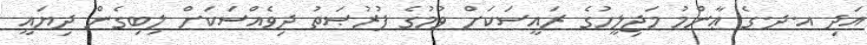
އަދި އ.ދ.ގެ ޢާންމު މަޖިލީހުގެ ރައީސަކަށް ވުމުގެ ފުރުޞަތު ދިވެއްސަކަށް ލިބިގެން ދިޔައީ